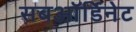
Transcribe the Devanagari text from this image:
सबऑर्डिनेट